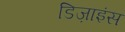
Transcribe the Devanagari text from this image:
डिज़ाइंस